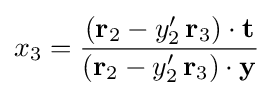
x_{3}={\frac {(\mathbf {r} _{2}-y'_{2}\,\mathbf {r} _{3})\cdot \mathbf {t} }{(\mathbf {r} _{2}-y'_{2}\,\mathbf {r} _{3})\cdot \mathbf {y} }}